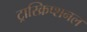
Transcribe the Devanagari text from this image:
ट्रास्क्रिप्शनल